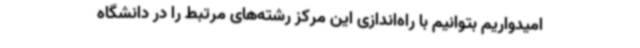
امیدواریم بتوانیم با راه‌اندازی این مرکز رشته‌های مرتبط را در دانشگاه